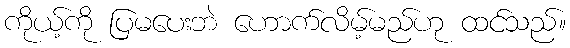
ကိုယ့်ကို ပြမပေးဘဲ ဟောက်လိမ့်မည်ဟု ထင်သည်။